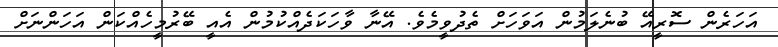
އަހަރެން ސޮރީއޭ ބުނެލަމުން އަވަހަށް ތެދުވީމެވެ. އޭނާ ވާހަކަދެއްކުމުން އެއީ ބޭރުމީހެއްކަން އަހަންނަށް